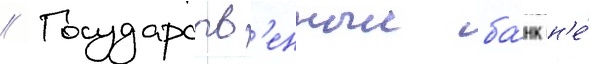
// Государств'енныи ба́нк н'е́